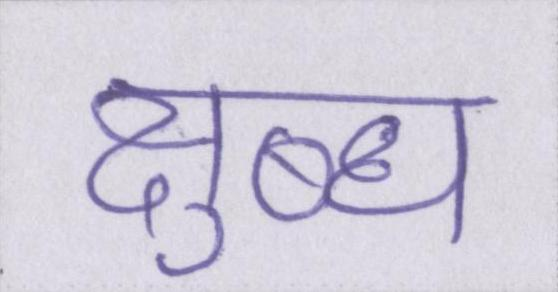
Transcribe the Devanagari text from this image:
क्षुब्ध